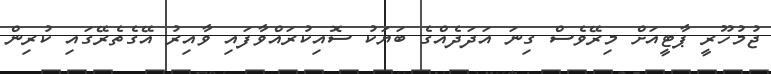
ޖުމުހޫރީ ޕާޓީއަށް މިރޭވެސް ގިނަ އަދަދެއްގެ ބަޔަކު ސޮއިކުރައްވާފައި ވާއިރު އޭގެތެރޭގައި ކުރިން